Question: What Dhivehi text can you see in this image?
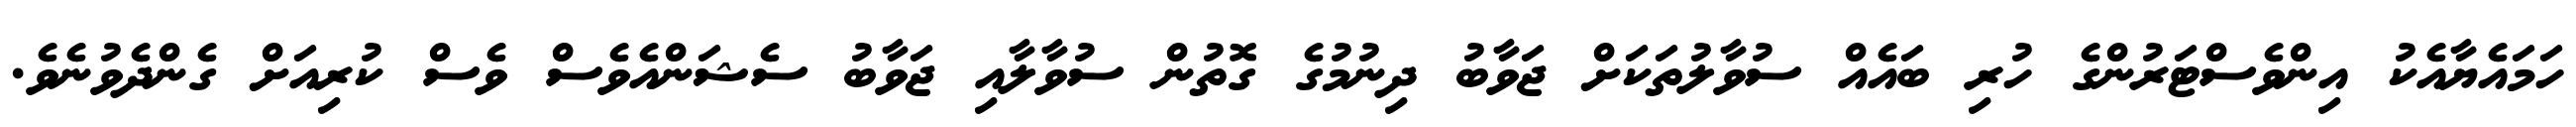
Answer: ހަމައެޔާއެކު އިންވެސްޓަރުންގެ ހުރި ބައެއް ސުވާލުތަކަށް ޖަވާބު ދިނުމުގެ ގޮތުން ސުވާލާއި ޖަވާބު ސެޝަންއެވެސް ވެސް ކުރިއަށް ގެންދެވުނެވެ.